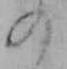
の